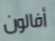
أفالون